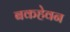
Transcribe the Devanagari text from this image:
बकहेवन